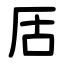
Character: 㕆